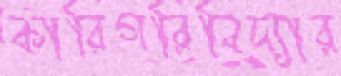
কারিগরিবিদ্যার